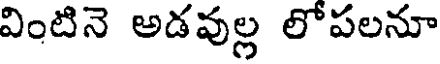
వింటినె అడవుల్ల లోపలనూ